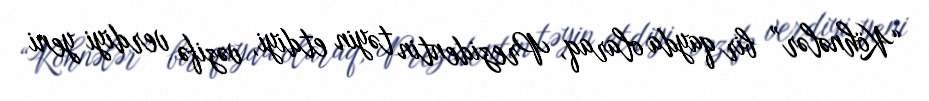
“Köhnələr” bir qayda olaraq, Prezidentin təyin etdiyi, vəzifə verdiyi yeni